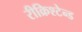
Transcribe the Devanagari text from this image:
रीक्रिश्टेन्ड